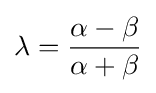
\lambda ={\frac {\alpha -\beta }{\alpha +\beta }}